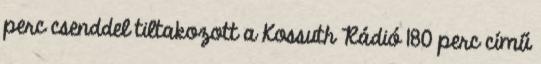
perc csenddel tiltakozott a Kossuth Rádió 180 perc című